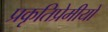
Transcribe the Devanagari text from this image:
प्रकृतिप्रेमीयों